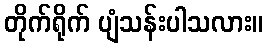
တိုက်ရိုက် ပျံသန်းပါသလား။